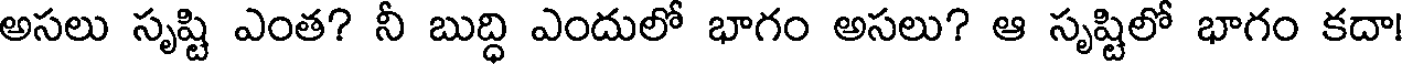
అసలు సృష్టి ఎంత? నీ బుద్ధి ఎందులో భాగం అసలు? ఆ సృష్టిలో భాగం కదా